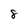
Character: 8